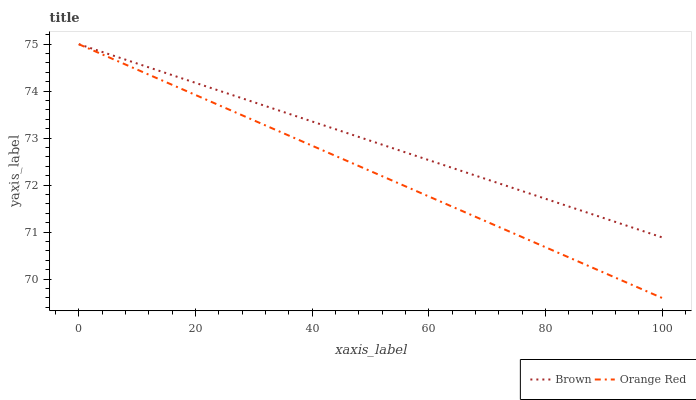
| xaxis_label | Brown | Orange Red |
 | --- | --- | --- |
 | 0 | 75 | 75 |
 | 11.1 | 74.5 | 74.4 |
 | 22.2 | 74.1 | 73.8 |
 | 33.3 | 73.6 | 73.2 |
 | 44.4 | 73.2 | 72.6 |
 | 55.6 | 72.7 | 72 |
 | 66.7 | 72.3 | 71.4 |
 | 77.8 | 71.8 | 70.8 |
 | 88.9 | 71.3 | 70.2 |
 | 100 | 70.9 | 69.6 |